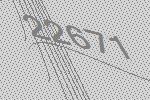
22671